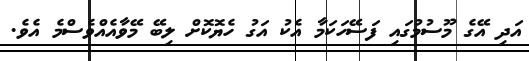
އަދި އޭގެ މޫސުމުގައި ފަސޭހަކަމާ އެކު އަގު ހެޔޮކޮށް ލިބޭ މޭވާއެއްވެސްމެ އެވެ.